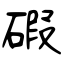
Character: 碬